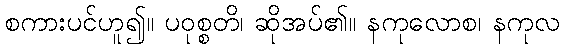
စကားပင်ဟူ၍။ ပဝုစ္စတိ၊ ဆိုအပ်၏။ နကုလောစ၊ နကုလ